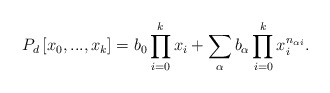
\begin{align*}P_{d}\left[ x_{0},...,x_{k}\right] =b_{0}\prod_{i=0}^{k}x_{i}+\sum_{\alpha}b_{\alpha }\prod_{i=0}^{k}x_{i}^{n_{\alpha i}}. \end{align*}